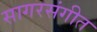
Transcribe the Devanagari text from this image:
सागरसंगीत